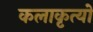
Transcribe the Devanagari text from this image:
कलाकृत्यों